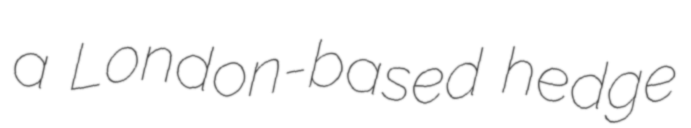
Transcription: a London-based hedge